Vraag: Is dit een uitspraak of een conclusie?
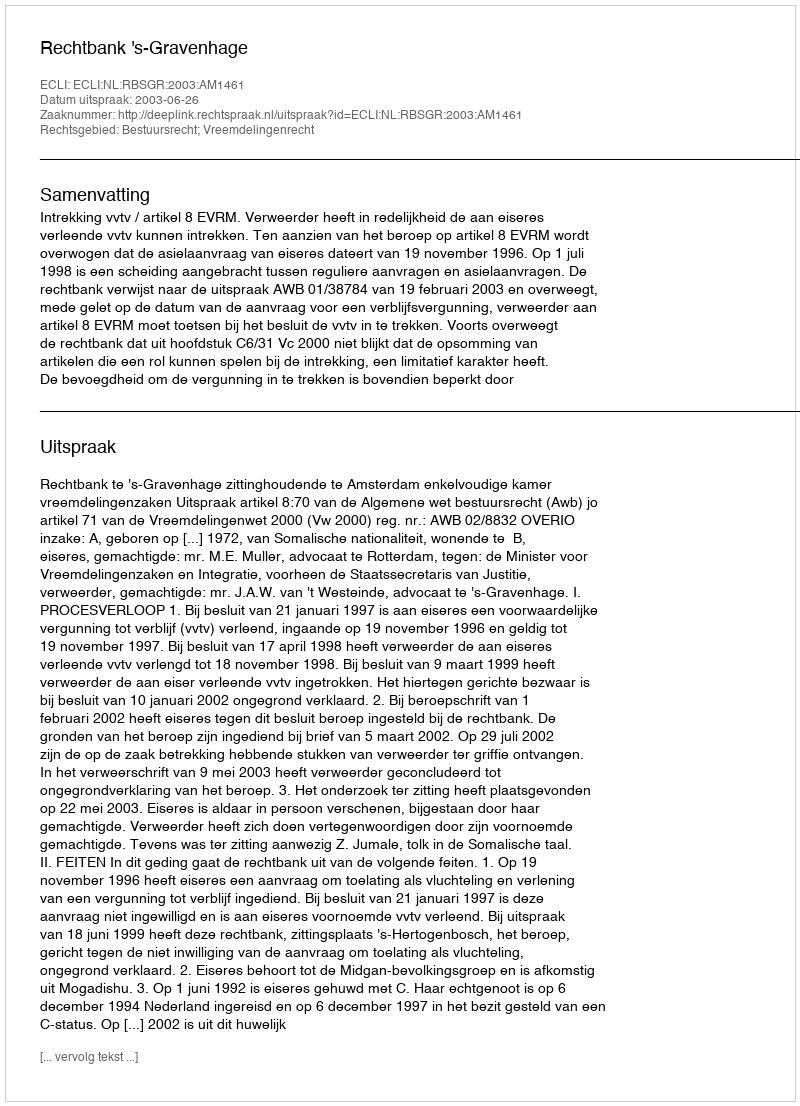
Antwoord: Uitspraak